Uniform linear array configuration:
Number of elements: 8
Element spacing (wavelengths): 0.75
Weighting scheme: hann
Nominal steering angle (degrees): -60
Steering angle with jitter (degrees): -58.568
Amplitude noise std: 0.05
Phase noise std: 0.05

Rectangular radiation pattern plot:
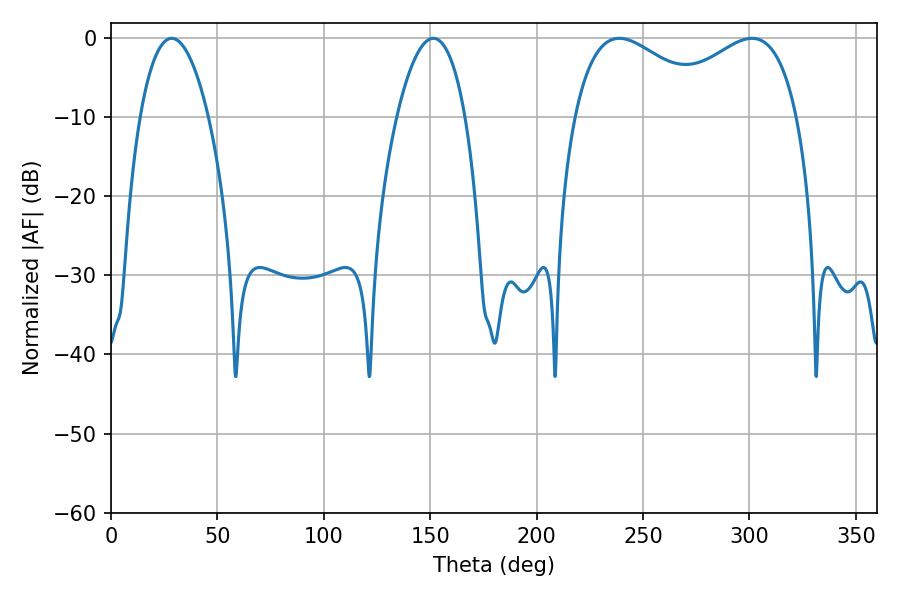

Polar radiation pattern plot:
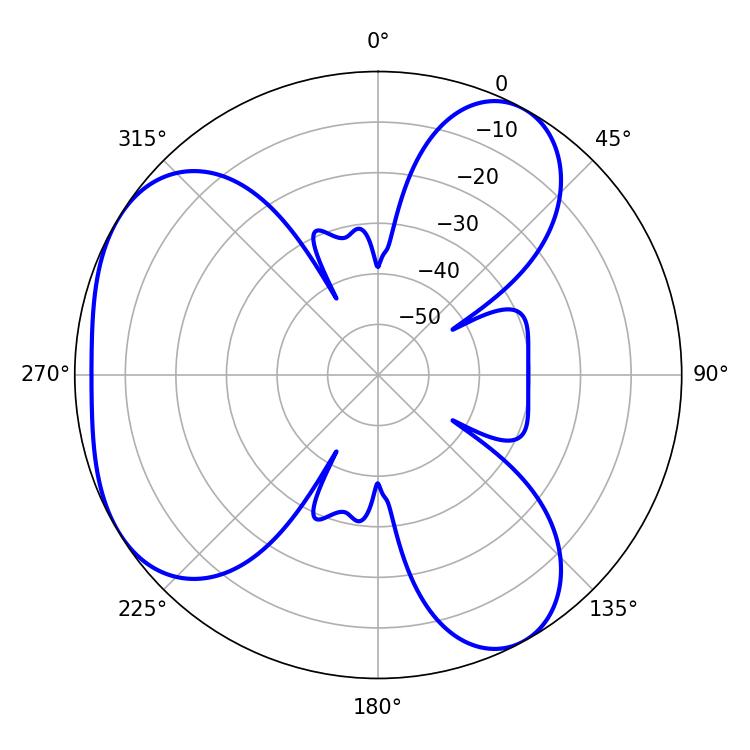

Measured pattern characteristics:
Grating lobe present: TRUE
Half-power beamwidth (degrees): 37.26
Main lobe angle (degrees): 301.14